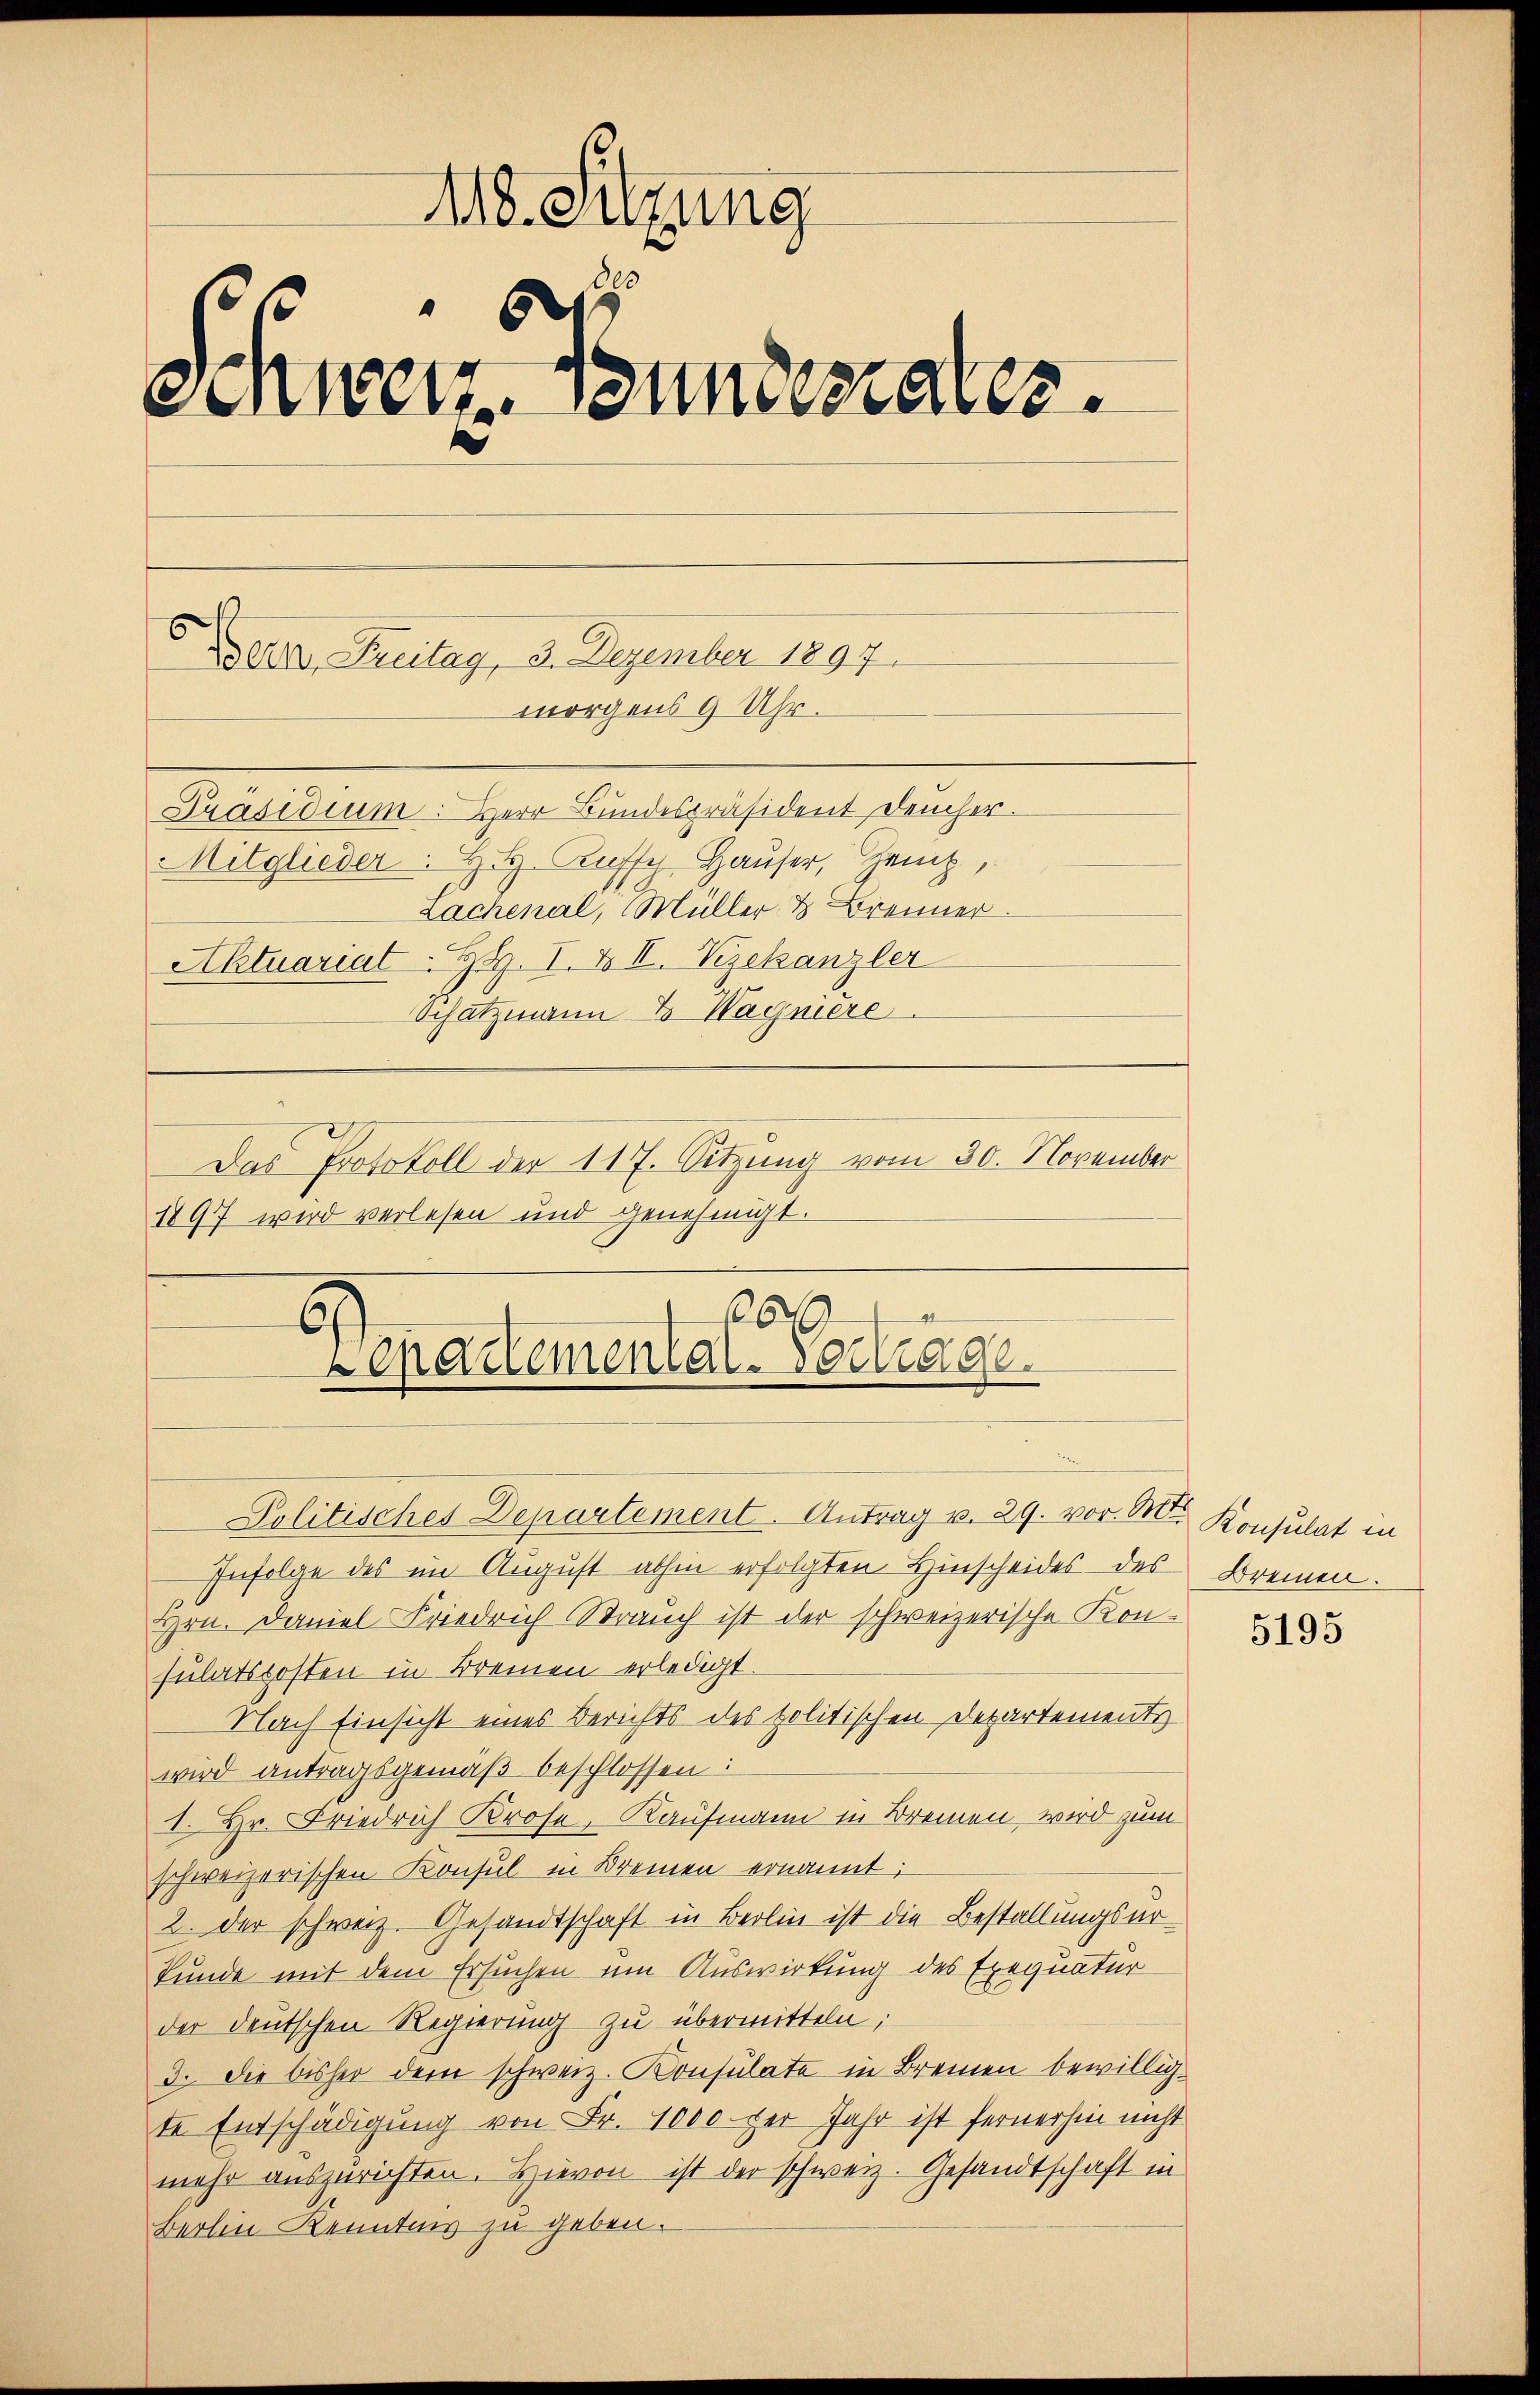
418. Sitzung
0
6
einnen. Bundesrates.
Bern, Freitag, 3. Dezember 1897
morgens 9 Uhr.
Präsidium: Herr Bundespräsident Deucher.
Mitglieder. H. H. Aufsch Hauser, Zeug,
Lachenal, Müller & Brenner
Aktuariat-HR. I. & II. Vizekanzler
Schatzmann 3 Wagnière.

Das Protokoll der 117. Sitzung vom 30. November
1897 wird verlesen und genehmigt.

6
Lepartemental-Vortrage.

Politisches Departement. Antrag v. 29. vor. Mts. Konsulat in
Infolge des im August abhin erfolgten Hinscheides des Bremen.
Hrn. Daniel Friedrich Strauch ist der schweizerische Kon-
sulatskosten in Bremen erledigt.
Nach Einsicht eines Berichts des politischen Departements
wird antragsgemäß beschlossen:
1. Hr. Friedrich Prose, Kaufmann in Breme, wird zum
schweizerischen Konsul in Bremen ernannt:
2. der schweiz. Gesandtschaft in Berlin ist die Bestallungsarkunde mit dem Ersuchen um Auswirkung des Exequatur
der deutschen Regierung zu übermitteln;
3. Die bisher dem schweiz. Konsulate in Bremen bewilligte Entschädigung von Fr. 1000 per Jahr ist fernerhin nicht
mehr auszurichten. Hievon ist der schweiz. Gesandtschaft in
Berlin Kenntnis zu geben.

5195